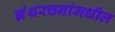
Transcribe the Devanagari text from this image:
ग्रंथरचनांमधील